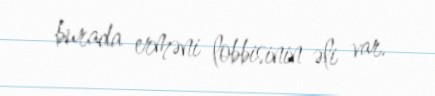
burada erməni lobbisinin əli var.